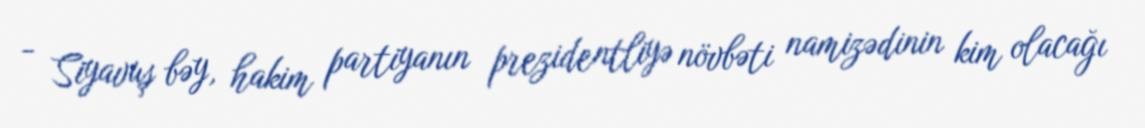
- Siyavuş bəy, hakim partiyanın prezidentliyə növbəti namizədinin kim olacağı